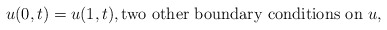
\begin{align*} u(0,t) = u(1,t), \mbox{two other boundary conditions on }u, \end{align*}